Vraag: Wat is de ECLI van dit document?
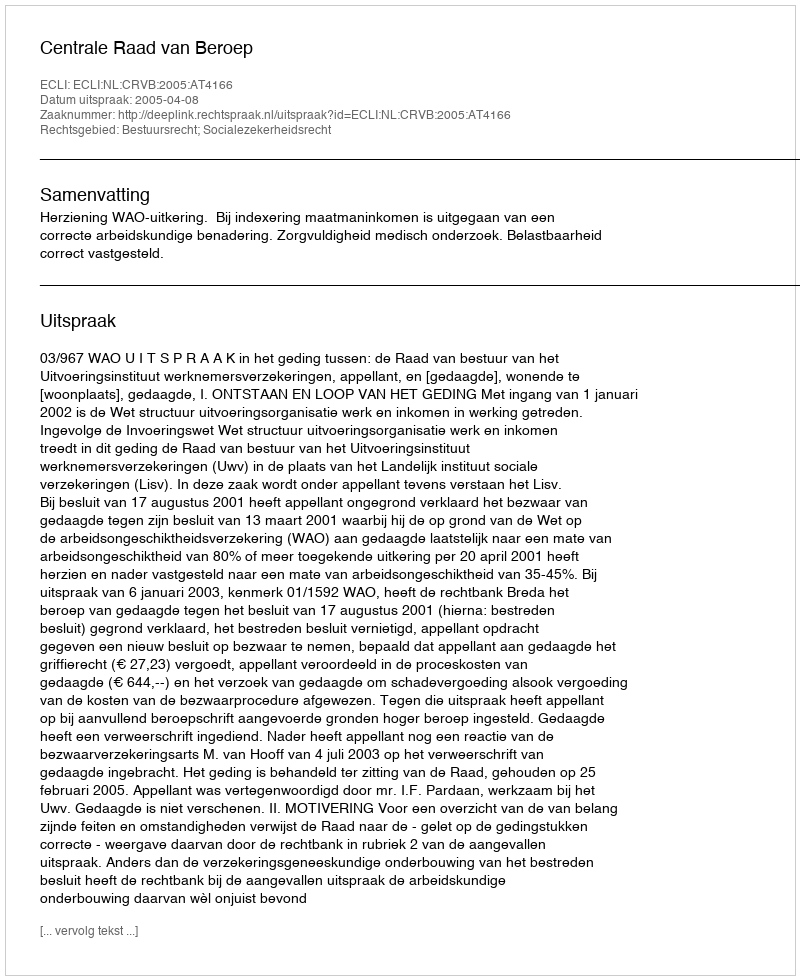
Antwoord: ECLI:NL:CRVB:2005:AT4166